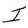
Character: I